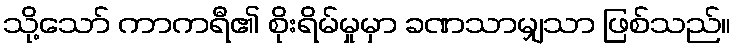
သို့သော် ကာကရီ၏ စိုးရိမ်မှုမှာ ခဏသာမျှသာ ဖြစ်သည်။